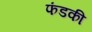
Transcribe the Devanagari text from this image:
फंडकी